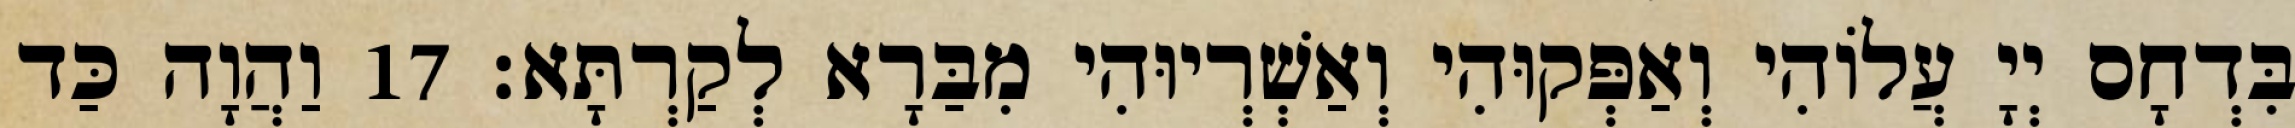
בִּדְחָס יְיָ עֲלוֹהִי וְאַפְּקוּהִי וְאַשְׁרְיוּהִי מִבַּרָא לְקַרְתָּא׃ 17 וַהֲוָה כַּד